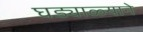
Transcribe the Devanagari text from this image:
घड्याळ्याने